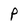
Character: P